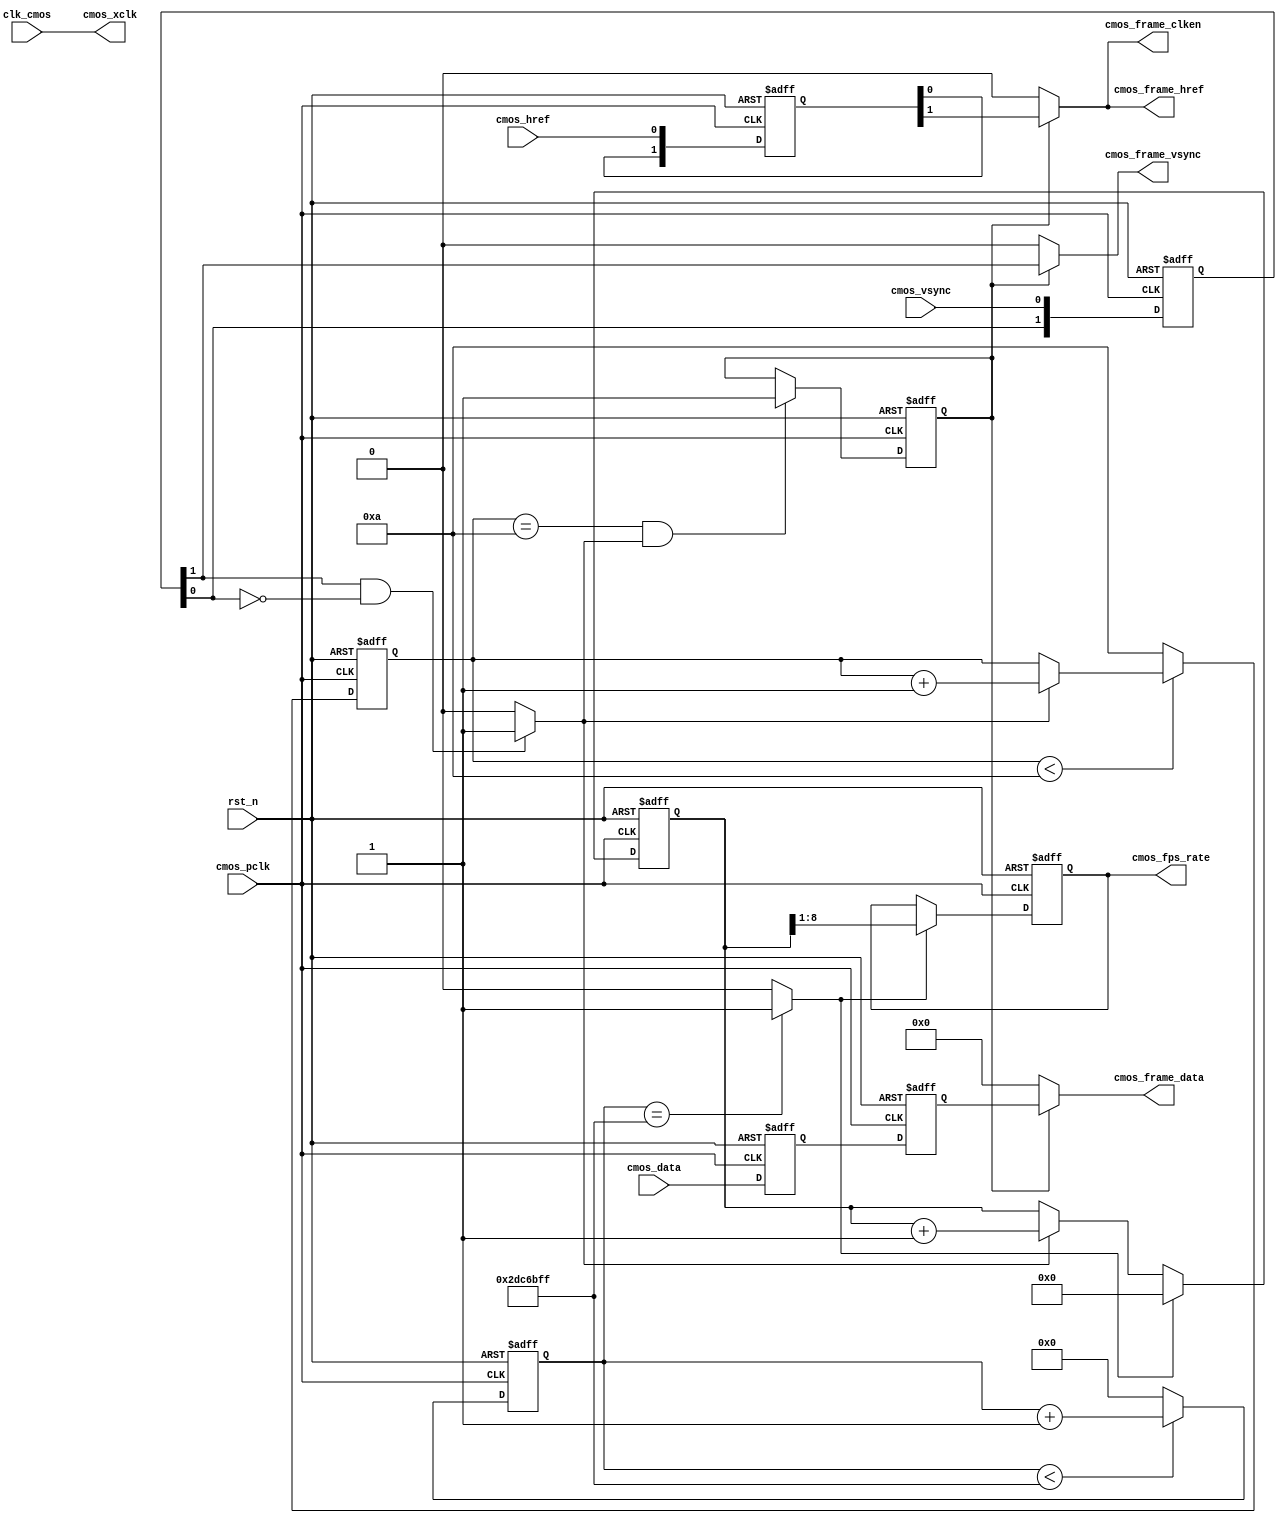
/*-------------------------------------------------------------------------
CONFIDENTIAL IN CONFIDENCE
This confidential and proprietary software may be only used as authorized
by a licensing agreement from CrazyBingo (Thereturnofbingo).
In the event of publication, the following notice is applicable:
Copyright (C) 2011-201x CrazyBingo Corporation
The entire notice above must be reproduced on all authorized copies.
Author				:		CrazyBingo
Technology blogs 	: 		www.crazyfpga.com
Eamil Address 		: 		crazyfpga@vip.qq.com
Filename			:		CMOS_Capture_RAW_Gray.v
Data				:		2013-04-10
Version				:		1.0
Description			:		Capture cmos data from cmos senser of RAW or Gray Format
Modification History	:
Data			By			Version		Change Description
===========================================================================
13/04/10		CrazyBingo	1.0			Original
13/04/14		CrazyBingo	1.1			Complete
13/05/26		CrazyBingo	1.2			Modification
13/11/08		CrazyBingo	2.0			Modification	
14/03/16		CrazyBingo	2.0			Modification
--------------------------------------------------------------------------*/
`timescale 1ns/1ns
module CMOS_Capture_RAW_Gray
#(
	parameter			CMOS_FRAME_WAITCNT	=	4'd10		//Wait n fps for steady(OmniVision need 10 Frame)
															
)
(
	//global clock
	input				clk_cmos,			//24MHz CMOS Driver clock input
	input				rst_n,				//global reset

	//CMOS Sensor Interface
	input				cmos_pclk,			//24MHz CMOS Pixel clock input
	output				cmos_xclk,			//24MHz drive clock
	input				cmos_vsync,			//H : Data Valid; L : Frame Sync(Set it by register)
	input				cmos_href,			//H : Data vaild, L : Line Sync
	input		[7:0]	cmos_data,			//8 bits cmos data input
	
	//CMOS SYNC Data output
	output				cmos_frame_vsync,	//cmos frame data vsync valid signal
	output				cmos_frame_href,	//cmos frame data href vaild  signal
	output		[7:0]	cmos_frame_data,		//cmos frame RAW output	
	output				cmos_frame_clken,	//cmos frame data output/capture enable clock, 12MHz
	
	//user interface
	output	reg	[7:0]	cmos_fps_rate		//cmos frame output rate
);
assign	cmos_xclk = clk_cmos;	//24MHz CMOS XCLK output

//-----------------------------------------------------
//Sensor HS & VS Vaild Capture
/**************************************************					       
         _________________________________
VS______|                                 |________
	            _______	 	     _______
HS_____________|       |__...___|       |____________
**************************************************/
//-------------------------------------------------------------
//sync the frame vsync and href signal and generate frame begin & end signal
reg	[1:0]	cmos_vsync_r, cmos_href_r;
reg	[7:0]	cmos_data_r0, cmos_data_r1;
always@(posedge cmos_pclk or negedge rst_n)
begin
	if(!rst_n)
		begin
		cmos_vsync_r <= 0;
		cmos_href_r <= 0;
		{cmos_data_r1, cmos_data_r0} <= 0;
		end
	else
		begin
		cmos_vsync_r <= {cmos_vsync_r[0], cmos_vsync};
		cmos_href_r <= {cmos_href_r[0], cmos_href};
		{cmos_data_r1, cmos_data_r0} <= {cmos_data_r0, cmos_data};
		end
end
//wire	cmos_vsync_begin 	= 	(~cmos_vsync_r[1] & cmos_vsync_r[0]) ? 1'b1 : 1'b0;	
wire	cmos_vsync_end 		= 	(cmos_vsync_r[1] & ~cmos_vsync_r[0]) ? 1'b1 : 1'b0;	

//----------------------------------------------------------------------------------
//Wait for Sensor output Data valid 10 Frame of OmniVision
reg	[3:0]	cmos_fps_cnt;
always@(posedge cmos_pclk or negedge rst_n)
begin
	if(!rst_n)
		cmos_fps_cnt <= 0;
	else	//Wait until cmos init complete
		begin
		if(cmos_fps_cnt < CMOS_FRAME_WAITCNT)	
			cmos_fps_cnt <= cmos_vsync_end ? cmos_fps_cnt + 1'b1 : cmos_fps_cnt;
		else
			cmos_fps_cnt <= CMOS_FRAME_WAITCNT;
		end
end

//----------------------------------------------------------------------------------
//Come ture frame synchronization to ignore error frame or has not capture when vsync begin
reg		frame_sync_flag;
always@(posedge cmos_pclk or negedge rst_n)
begin
	if(!rst_n)
		frame_sync_flag <= 0;
	else if(cmos_fps_cnt == CMOS_FRAME_WAITCNT && cmos_vsync_end == 1)
		frame_sync_flag <= 1;
	else
		frame_sync_flag <= frame_sync_flag;
end


assign	cmos_frame_clken = frame_sync_flag ? cmos_href_r[1] : 1'b0;
assign	cmos_frame_vsync = frame_sync_flag ? cmos_vsync_r[1] : 1'b0;//DFF 2 clocks
assign	cmos_frame_href  = frame_sync_flag ? cmos_href_r[1] : 1'b0;	//DFF 2 clocks
assign	cmos_frame_data	 = frame_sync_flag ? cmos_data_r1 : 8'd0;	//DFF 2 clocks

//----------------------------------------------------------------------------------------------------------
//----------------------------------------------------------------------------------------------------------
//Delay 2s for cmos fps counter
localparam	DELAY_TOP = 2 * 24_000000;	//2s delay
reg	[27:0]	delay_cnt;
always@(posedge cmos_pclk or negedge rst_n)
begin
	if(!rst_n)
		delay_cnt <= 0;
	else if(delay_cnt < DELAY_TOP - 1'b1)
		delay_cnt <= delay_cnt + 1'b1;
	else
		delay_cnt <= 0;
end
wire	delay_2s = (delay_cnt == DELAY_TOP - 1'b1) ? 1'b1 : 1'b0;

//-------------------------------------
//cmos image output rate counter
reg	[8:0]	cmos_fps_cnt2;
always@(posedge cmos_pclk or negedge rst_n)
begin
	if(!rst_n)
		begin
		cmos_fps_cnt2 <= 0;
		cmos_fps_rate <= 0;
		end
	else if(delay_2s == 1'b0)	//time is not reached
		begin
		cmos_fps_cnt2 <= cmos_vsync_end ? cmos_fps_cnt2 + 1'b1 : cmos_fps_cnt2;
		cmos_fps_rate <= cmos_fps_rate;
		end
	else	//time up
		begin
		cmos_fps_cnt2 <= 0;
		cmos_fps_rate <= cmos_fps_cnt2[8:1];	//divide by 2
		end
end


endmodule